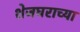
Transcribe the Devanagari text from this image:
शेजघराच्या